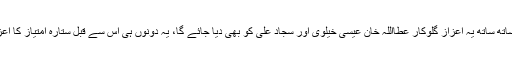
رواں سال مہوش حیات کے ساتھ ساتھ یہ اعزاز گلوکار عطااللہ خان عیسی خیلوی اور سجاد علی کو بھی دیا جائے گا، یہ دونوں ہی اس سے قبل ستارہ امتیاز کا اعزاز بھی حاصل کرچکے ہیں۔